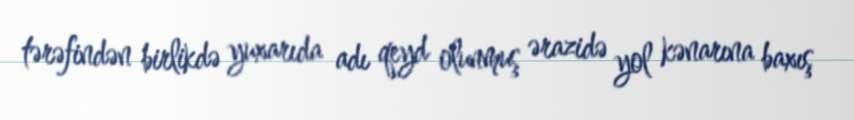
tərəfindən birlikdə yuxarıda adı qeyd olunmuş ərazidə yol kənarına baxış